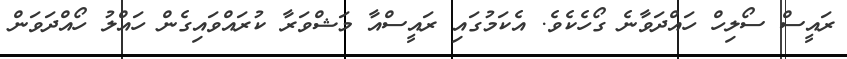
ރައީސް ސޯލިހް ހައްދަވާނެ ގޯހެކެވެ. އެކަމުގައި ރައީސްއާ މަޝްވަރާ ކުރައްވައިގެން ހައްލު ހޯއްދަވަން